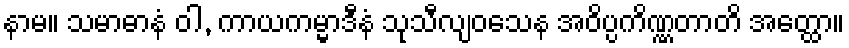
နာမ။ သမာဓာနံ ဝါ, ကာယကမ္မာဒီနံ သုသီလျဝသေန အဝိပ္ပကိဏ္ဏတာတိ အတ္ထော။